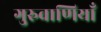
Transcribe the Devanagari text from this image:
गुरुवाणियाँ